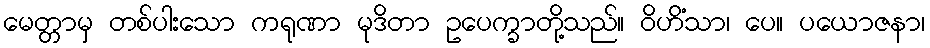
မေတ္တာမှ တစ်ပါးသော ကရုဏာ မုဒိတာ ဥပေက္ခာတို့သည်။ ဝိဟိံသာ၊ ပေ။ ပယောဇနာ၊